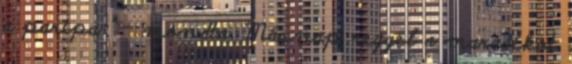
a paripa ” – mondta. Másnap reggel a maradékot